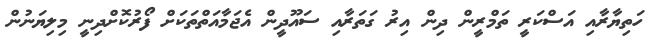
ހަތިޔާރާއި އަސްކަރީ ތަމްރީން ދިން އިރު ގަތަރާއި ސައޫދީން އެޖަމާއަތްތަކަށް ފޯރުކޮށްދިނީ މިލިޔަނުން